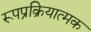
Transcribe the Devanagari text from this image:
रूपप्रक्रियात्मक